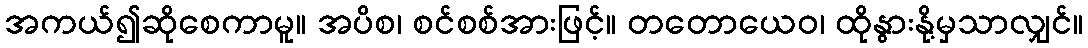
အကယ်၍ဆိုစေကာမူ။ အပိစ၊ စင်စစ်အားဖြင့်။ တတောယေဝ၊ ထိုနွားနို့မှသာလျှင်။